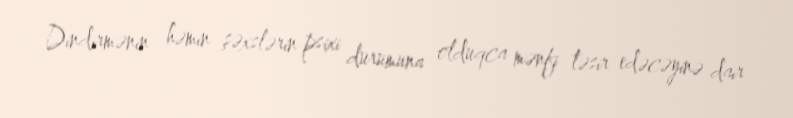
Dindirmənin həmin şəxslərin psixi durumuna olduqca mənfi təsir edəcəyinə dair